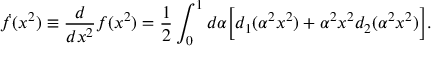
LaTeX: \dot { f } ( x ^ { 2 } ) \equiv \frac { d } { d x ^ { 2 } } f ( x ^ { 2 } ) = \frac { 1 } { 2 } \int _ { 0 } ^ { 1 } d \alpha \Big [ d _ { 1 } ( \alpha ^ { 2 } x ^ { 2 } ) + \alpha ^ { 2 } x ^ { 2 } d _ { 2 } ( \alpha ^ { 2 } x ^ { 2 } ) \Big ] .